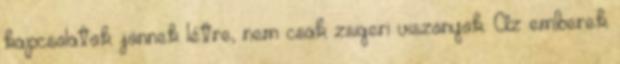
kapcsolatok jönnek létre, nem csak zsigeri viszonyok. Az emberek